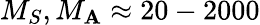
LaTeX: M_{S},M_{\mathbf{A}}\approx20-2000